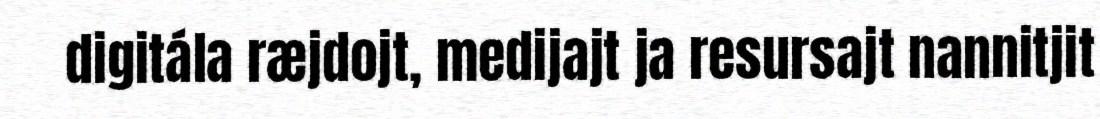
digitála ræjdojt, medijajt ja resursajt nannitjit